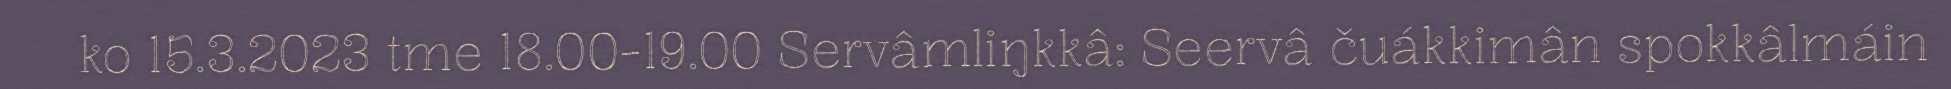
ko 15.3.2023 tme 18.00-19.00 Servâmliŋkkâ: Seervâ čuákkimân spokkâlmáin